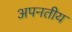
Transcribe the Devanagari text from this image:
अपनतीय